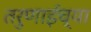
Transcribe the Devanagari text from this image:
तरुणाईच्या